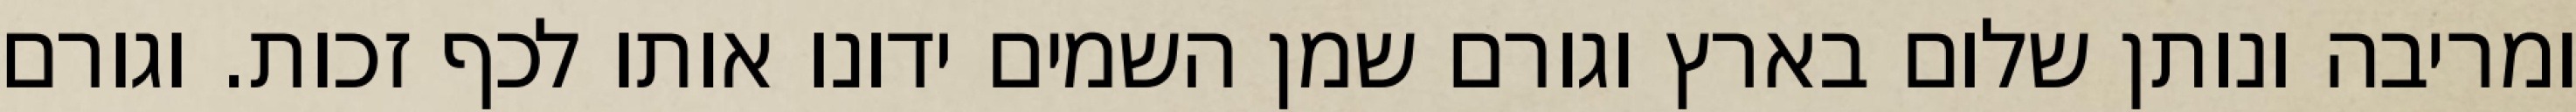
ומריבה ונותן שלום בארץ וגורם שמן השמים ידונו אותו לכף זכות. וגורם